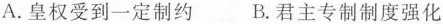
A.皇权受到一定制约 B.君主专制制度强化